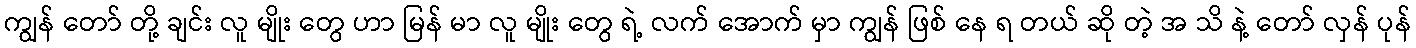
ကျွန် တော် တို့ ချင်း လူ မျိုး တွေ ဟာ မြန် မာ လူ မျိုး တွေ ရဲ့ လက် အောက် မှာ ကျွန် ဖြစ် နေ ရ တယ် ဆို တဲ့ အ သိ နဲ့ တော် လှန် ပုန်